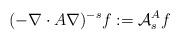
LaTeX: \begin{align*}(-\nabla\cdot A\nabla)^{-s}f := \mathcal{A}_{s}^{A} f \end{align*}